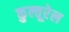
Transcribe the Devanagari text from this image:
कुल्तूरेल